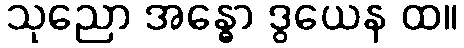
သုညော အန္ဓော ဒွယေန ထ။